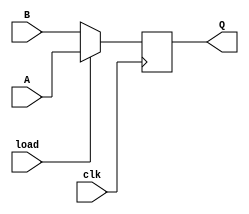
`timescale 1ns / 1ps
//////////////////////////////////////////////////////////////////////////////////
// Company: 
// Engineer: 
// 
// Design Name: 
// Module Name: MUX2to1_clk
// Project Name: 
// Target Devices: 
// Tool Versions: 
// Description: 
// 
// Dependencies: 
// 
// Revision:
// Revision 0.01 - File Created
// Additional Comments:
// 
//////////////////////////////////////////////////////////////////////////////////


module MUX2to1_clk(input A, input B, input load, input clk, output reg Q);

always @(posedge clk)
begin
Q=(load==1'b1)? A:B;
end
endmodule